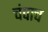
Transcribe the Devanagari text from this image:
चंपाच